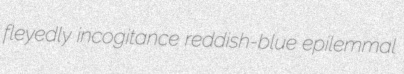
fleyedly incogitance reddish-blue epilemmal